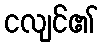
ငလျင်၏